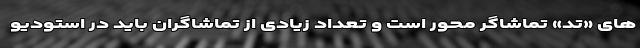
های «تد» تماشاگر محور است و تعداد زیادی از تماشاگران باید در استودیو